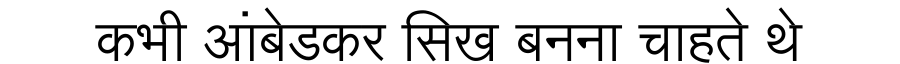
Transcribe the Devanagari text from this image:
कभी आंबेडकर सिख बनना चाहते थे